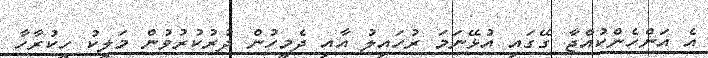
އެ އަންހެންކުއްޖާ ގޭގައި އުޅޭނަމަ ރުހައިލު އާއި ދެމީހުން ދުރުކުރުވުން މަލީކު ހީކުރާހާ